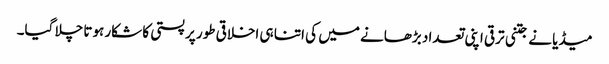
میڈیا نے جتنی ترقی اپنی تعداد بڑھانے میں کی اتنا ہی اخلاقی طور پر پستی کا شکار ہوتا چلا گیا۔